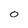
Character: 0